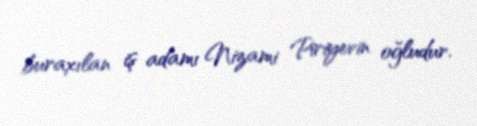
buraxılan iş adamı Nizami Piriyevin oğludur.